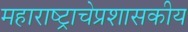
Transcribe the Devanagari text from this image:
महाराष्ट्राचेप्रशासकीय